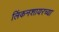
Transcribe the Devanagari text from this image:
लिंकनशायरच्या